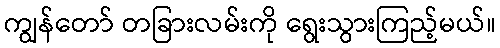
ကျွန်တော် တခြားလမ်းကို ရွေးသွားကြည့်မယ်။